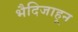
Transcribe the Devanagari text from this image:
भैदिजाहून